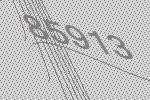
85913